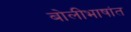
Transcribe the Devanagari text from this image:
बोलीभाषांत